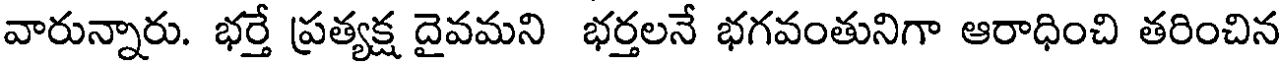
వారున్నారు. భర్తే ప్రత్యక్ష దైవమని భర్తలనే భగవంతునిగా ఆరాధించి తరించిన